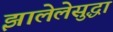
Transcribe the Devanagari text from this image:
झालेलेसुद्धा